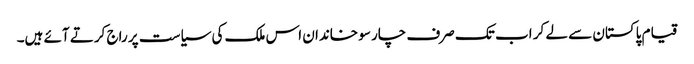
قیام پاکستان سے لے کر اب تک صرف چار سو خاندان اس ملک کی سیاست پر راج کرتے آئے ہیں۔